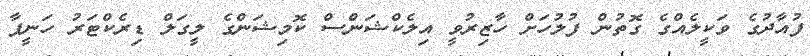
ފުއާދުގެ ވަކީލެއްގެ ގޮތުން ފުލުހަށް ހާޒިރުވީ އިލެކްޝަންސް ކޮމިޝަންގެ ލީގަލް ޑިރެކްޓަރު ހަނީފާ